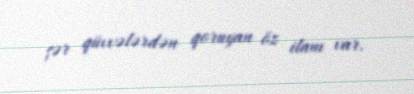
şər qüvvələrdən qoruyan öz ilanı var.